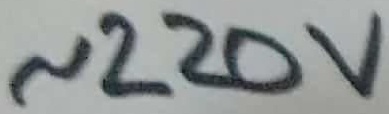
Text: ~220V